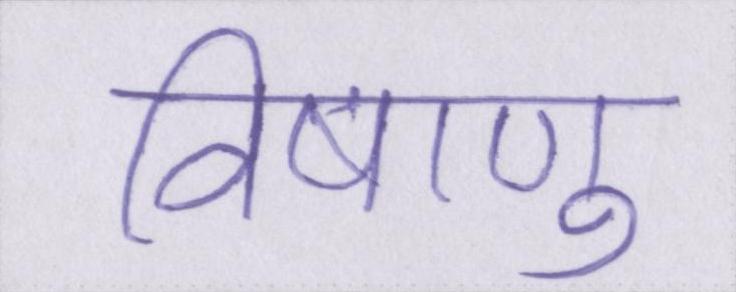
विषाणु